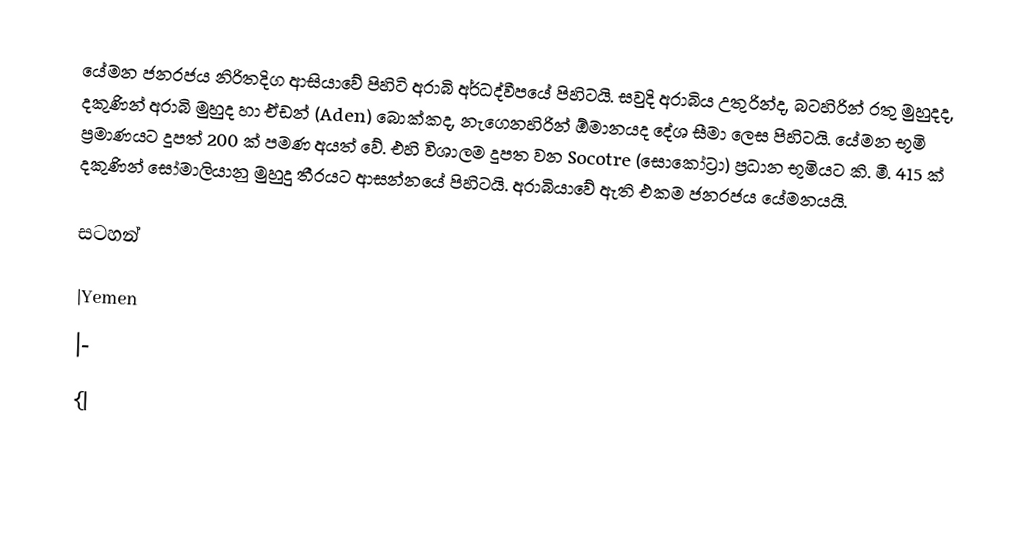
යේමන ජනරජය නිරිතදිග ආසියාවේ පිහිටි අරාබි අර්ධද්වීපයේ පිහිටයි.  සවුදි අරාබිය උතුරින්ද, බටහිරින් රතු මුහුදද, දකුණින් අරාබි මුහුද හා ඒඩන් (Aden) බොක්කද, නැගෙනහිරින් ඕමානයද දේශ සීමා ලෙස පිහිටයි.  යේමන භූමි ප්‍රමාණයට දූපත් 200 ක් පමණ අයත් වේ.  එහි විශාලම දූපත වන Socotre (සොකෝට්‍රා) ප්‍රධාන භූමියට කි. මී. 415 ක් දකුණින් සෝමාලියානු මුහුදු තීරයට ආසන්නයේ පිහිටයි.  අරාබියාවේ ඇති එකම ජනරජය යේමනයයි.

සටහන්

|Yemen
|-
{|